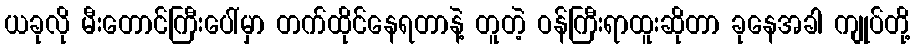
ယခုလို မီးတောင်ကြီးပေါ်မှာ တက်ထိုင်နေရတာနဲ့ တူတဲ့ ဝန်ကြီးရာထူးဆိုတာ ခုနေအခါ ကျုပ်တို့